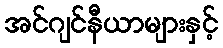
အင်ဂျင်နီယာများနှင့်